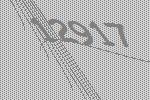
12917